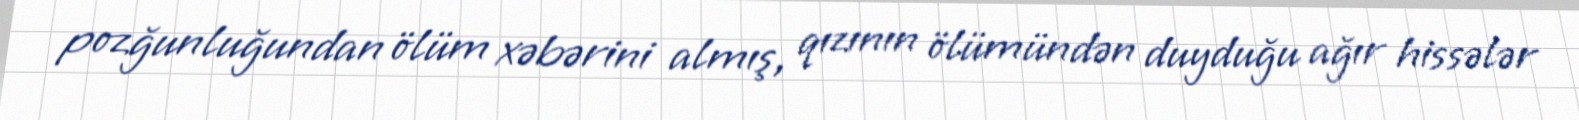
pozğunluğundan ölüm xəbərini almış, qızının ölümündən duyduğu ağır hissələr